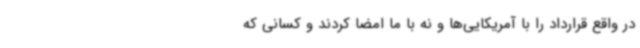
در واقع قرارداد را با آمریکایی‌ها و نه با ما امضا کردند و کسانی که